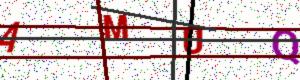
Text: AMUQ